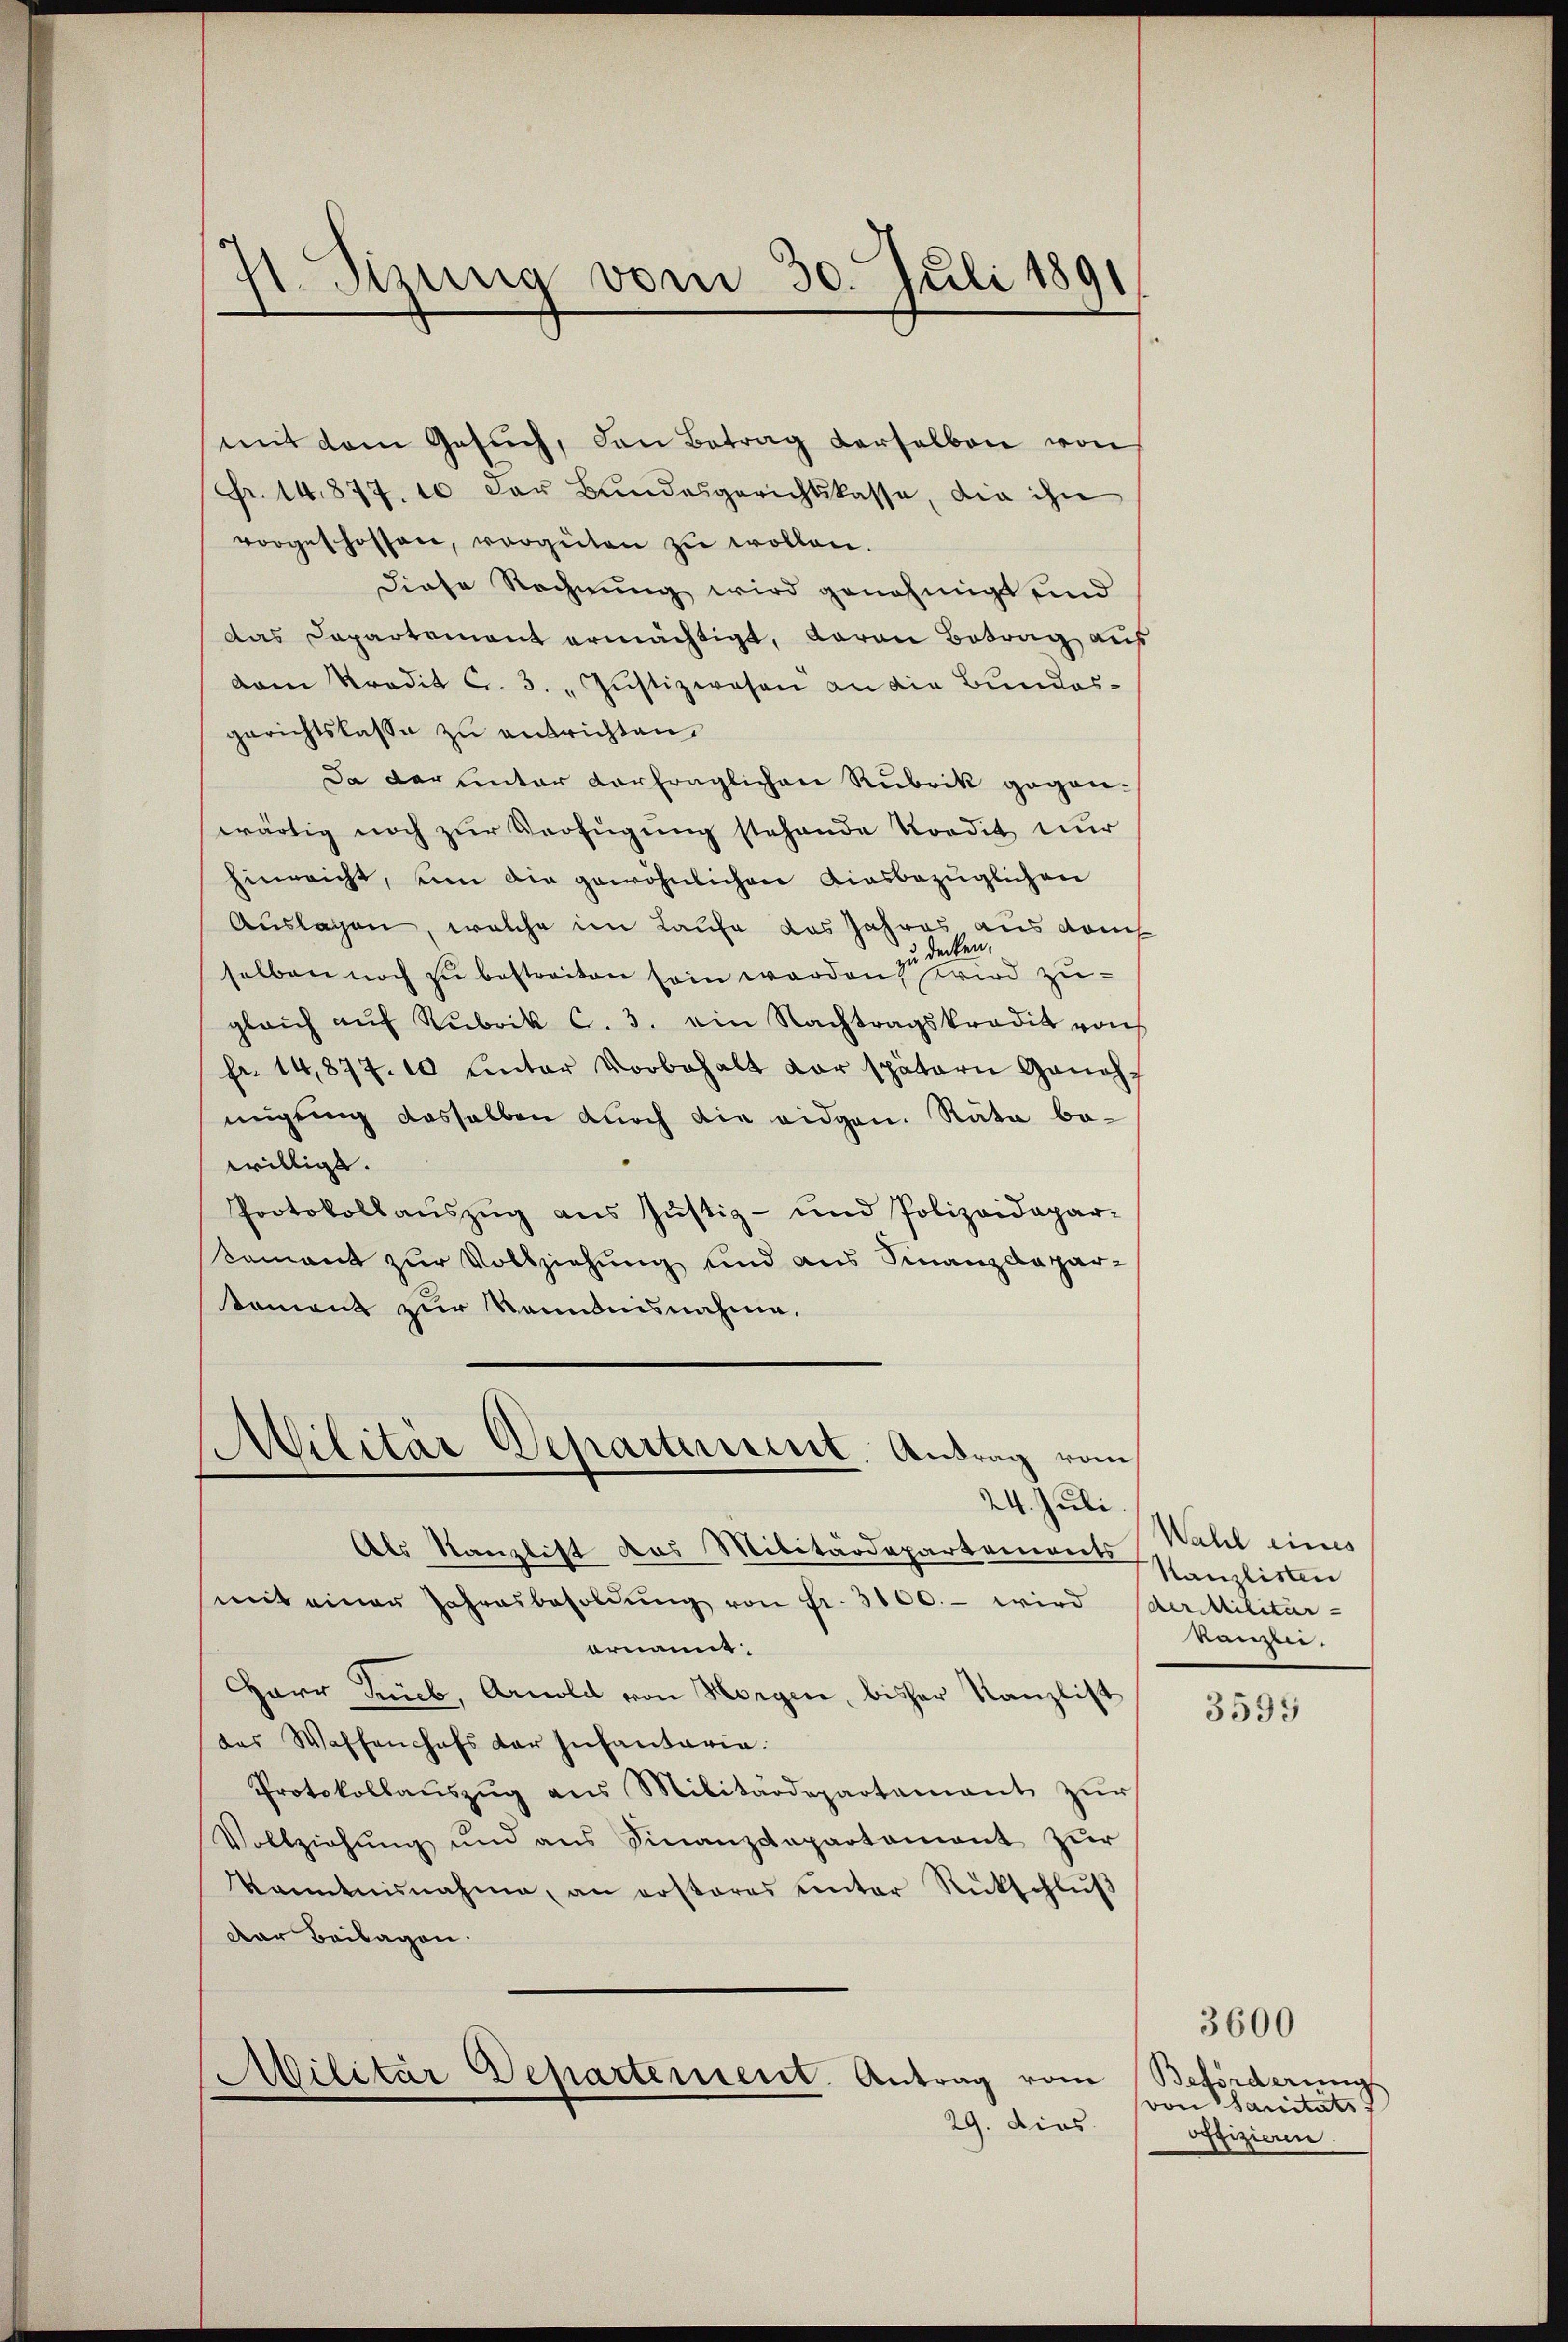
71. Sizung vom 30. Juli 1891

mit dem Gesŭch, den Betrag derselben von
Fr. 14,877. 10 der Bundesgerichtskasse, die ihn
vorgeschossen, vergüten zŭ wollen.
diese Rechnung wird genehmigt und
das Departament ermächtigt, daran Betrag aus
vam Predit C. 3. " Justizwesen an die Bundesgerichtslasse zu entrichten,
Da der unter vorfraglichen Rubrik gegenwärtig noch zŭr Verfügung stehende Kordit nur
hinreicht, um die gewöhnlichen diesbezüglichen
Auslagen, welche im Laufe das Jahres aus dam
selben noch zu bestreiten sein werden, wird zuglaich aŭf Rubrik C. 3. ein Nachtragskredit von
fr. 14,877. 10 unter Vorbehalt der spätern Ganch-
migung dasselben durch die eidgen. Rata bewilligt.
Protokollauszug aus Justiz- und Polizeidepar-
tement zur Vollziehung und aus Finanzdepar-
tament zur Kenntnisnahme.
Militär Departement. Antrag vom

24. Juli.

Als Kanzlist das Militärdepartements
mit einer Jahresbesoldŭng von Fr. 3100.- wird der Militär-
ornamt.
Harr Trieb, Arnold von Horgen, bisher Kanzlist
des Waffenchefs der Infantaria
Protokollaŭszŭg ans Militärdepartement zŭr
Vollziehŭng und ans Finanzdepartament zŭr
kanntnisnahme, an ersteres ŭnter Rückschlŭβ
Dar Beilagen.
Militar Departement. Antrag vom
29. dies

Wahl eines
Kanzlisten
kanzlei.

3595

Beförderung
von Sanitäts
offizieren

3600